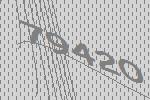
79420